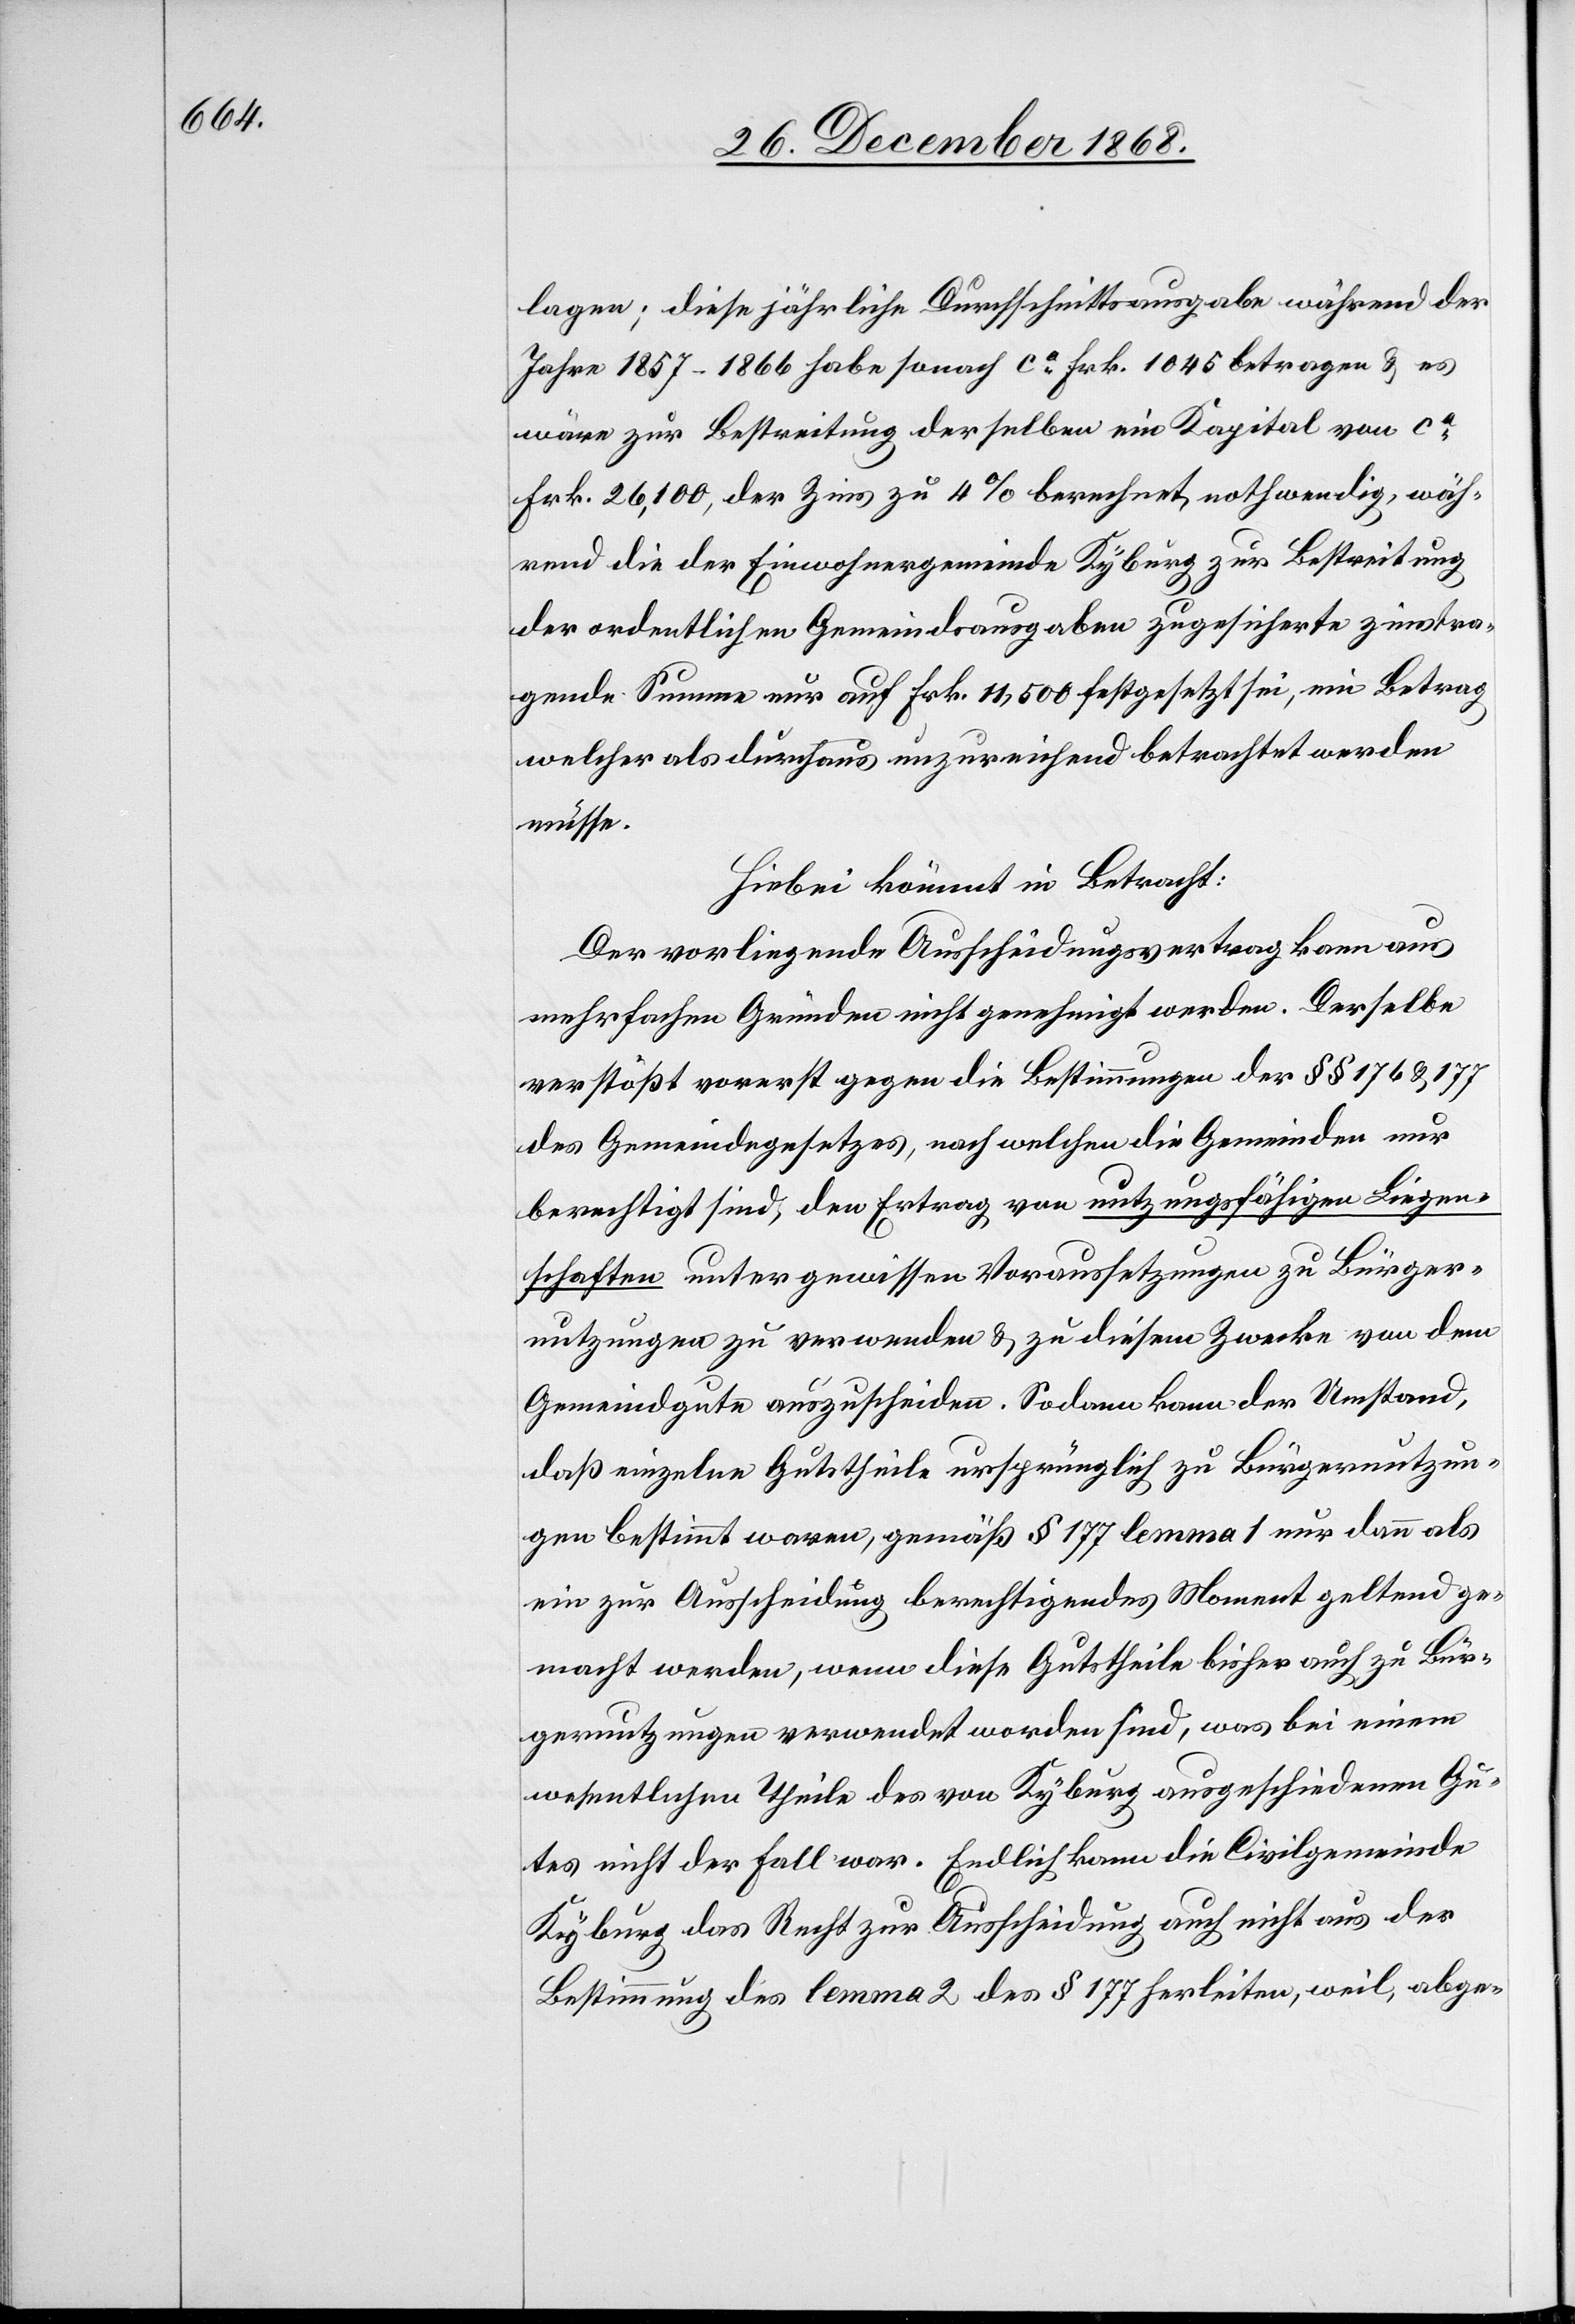
Jahre 1857–1866 habe sonach ca Frk. 1045 betragen & es
wäre zur Bestreitung derselben ein Kapital von ca
Frk. 26,100, der Zins zu 4% berechnet, nothwendig, wäh¬
rend die der Einwohnergemeinde Kyburg zur Bestreitung
der ordentlichen Gemeindeausgaben zugesicherte zinstra¬
gende Summe nur auf Frk. 11,500 festgesetzt sei, ein Betrag
welcher als durchaus unzureichend betrachtet werden
müsse.
Hiebei kömmt in Betracht:
Der vorliegende Ausscheidungsvertrag kann aus
mehrfachen Gründen nicht genehmigt werden. Derselbe
verstößt vorerst gegen die Bestimmungen der §§ 176 & 177
des Gemeindegesetzes, nach welchen die Gemeinden nur
berechtigt sind, den Ertrag von nutzungsfähigen Liegen¬
schaften unter gewissen Voraussetzungen zu Bürger¬
nutzungen zu verwenden & zu diesem Zwecke von dem
Gemeindgute auszuscheiden. Sodann kann der Umstand,
daß einzelne Gutstheile ursprünglich zu Bürgernutzun¬
gen bestimmt waren, gemäß § 177 lemma 1 nur dann als
ein zur Ausscheidung berechtigendes Moment geltend ge¬
macht werden, wenn diese Gutstheile bisher auch zu Bür¬
gernutzungen verwendet worden sind, was bei einem
wesentlichen Theile des von Kyburg ausgeschiedenen Gu¬
tes nicht der Fall war. Endlich kann die Civilgemeinde
Kyburg das Recht zur Ausscheidung auch nicht aus der
Bestimmung des lemma 2 des § 177 herleiten, weil, abge-